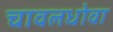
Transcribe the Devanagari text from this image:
चावलधोवा